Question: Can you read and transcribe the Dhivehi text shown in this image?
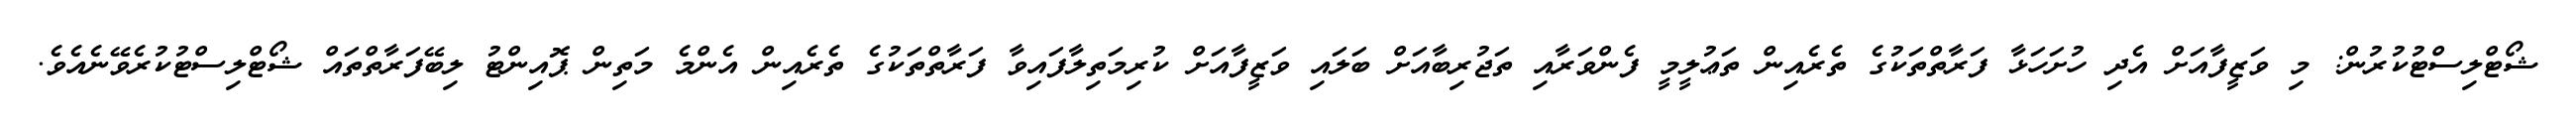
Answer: ޝޯޓްލިސްޓުކުރުން: މި ވަޒީފާއަށް އެދި ހުށަހަޅާ ފަރާތްތަކުގެ ތެރެއިން ތަޢުލީމީ ފެންވަރާއި ތަޖުރިބާއަށް ބަލައި ވަޒީފާއަށް ކުރިމަތިލާފައިވާ ފަރާތްތަކުގެ ތެރެއިން އެންމެ މަތިން ޕޮއިންޓު ލިބޭފަރާތްތައް ޝޯޓްލިސްޓުކުރެވޭނެއެވެ.